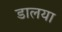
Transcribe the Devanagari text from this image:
डालया